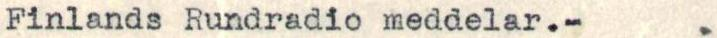
Finlands Rundradio meddelar.- .